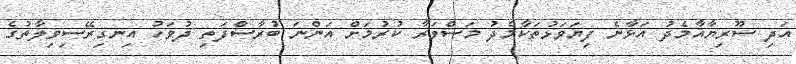
އަދި ސޫރިޔާއާމެދު އަޅާނެ ފިޔަވަޅުތަކާމެދު މަސްވަރާ ކުރުމަށް އަންނަ ބުރާސްފަތި ދުވަހު އިނގިރޭސިވިލާތުގެ